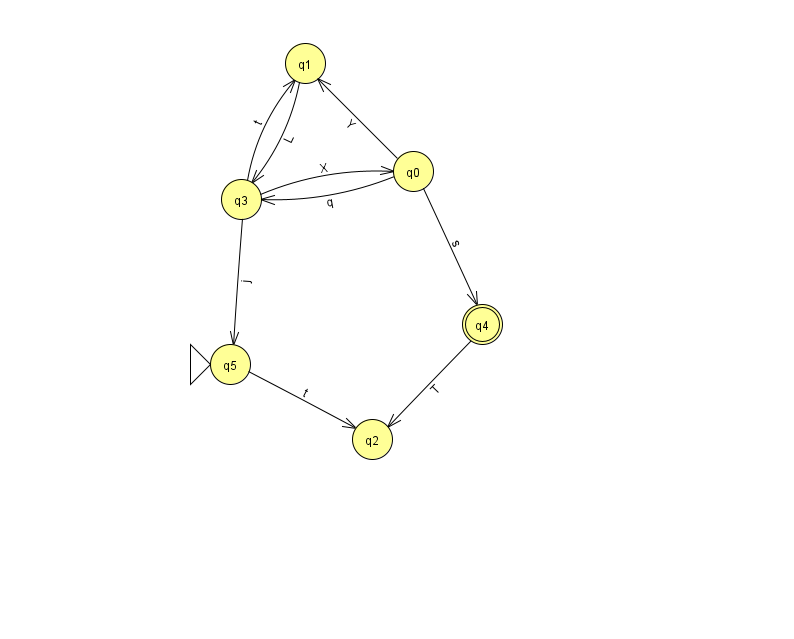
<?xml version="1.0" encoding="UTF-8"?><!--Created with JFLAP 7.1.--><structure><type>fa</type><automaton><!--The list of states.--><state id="0" name="q0"><x>413.0</x><y>158.0</y></state><state id="1" name="q1"><x>305.0</x><y>50.0</y></state><state id="2" name="q2"><x>372.0</x><y>426.0</y></state><state id="3" name="q3"><x>241.0</x><y>186.0</y></state><state id="4" name="q4"><x>482.0</x><y>311.0</y><final/></state><state id="5" name="q5"><x>230.0</x><y>351.0</y><initial/></state><!--The list of transitions.--><transition><from>3</from><to>0</to><read>X</read></transition><transition><from>5</from><to>2</to><read>t</read></transition><transition><from>3</from><to>5</to><read>j</read></transition><transition><from>3</from><to>1</to><read>t</read></transition><transition><from>0</from><to>4</to><read>s</read></transition><transition><from>4</from><to>2</to><read>T</read></transition><transition><from>0</from><to>1</to><read>Y</read></transition><transition><from>0</from><to>3</to><read>q</read></transition><transition><from>1</from><to>3</to><read>L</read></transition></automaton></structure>